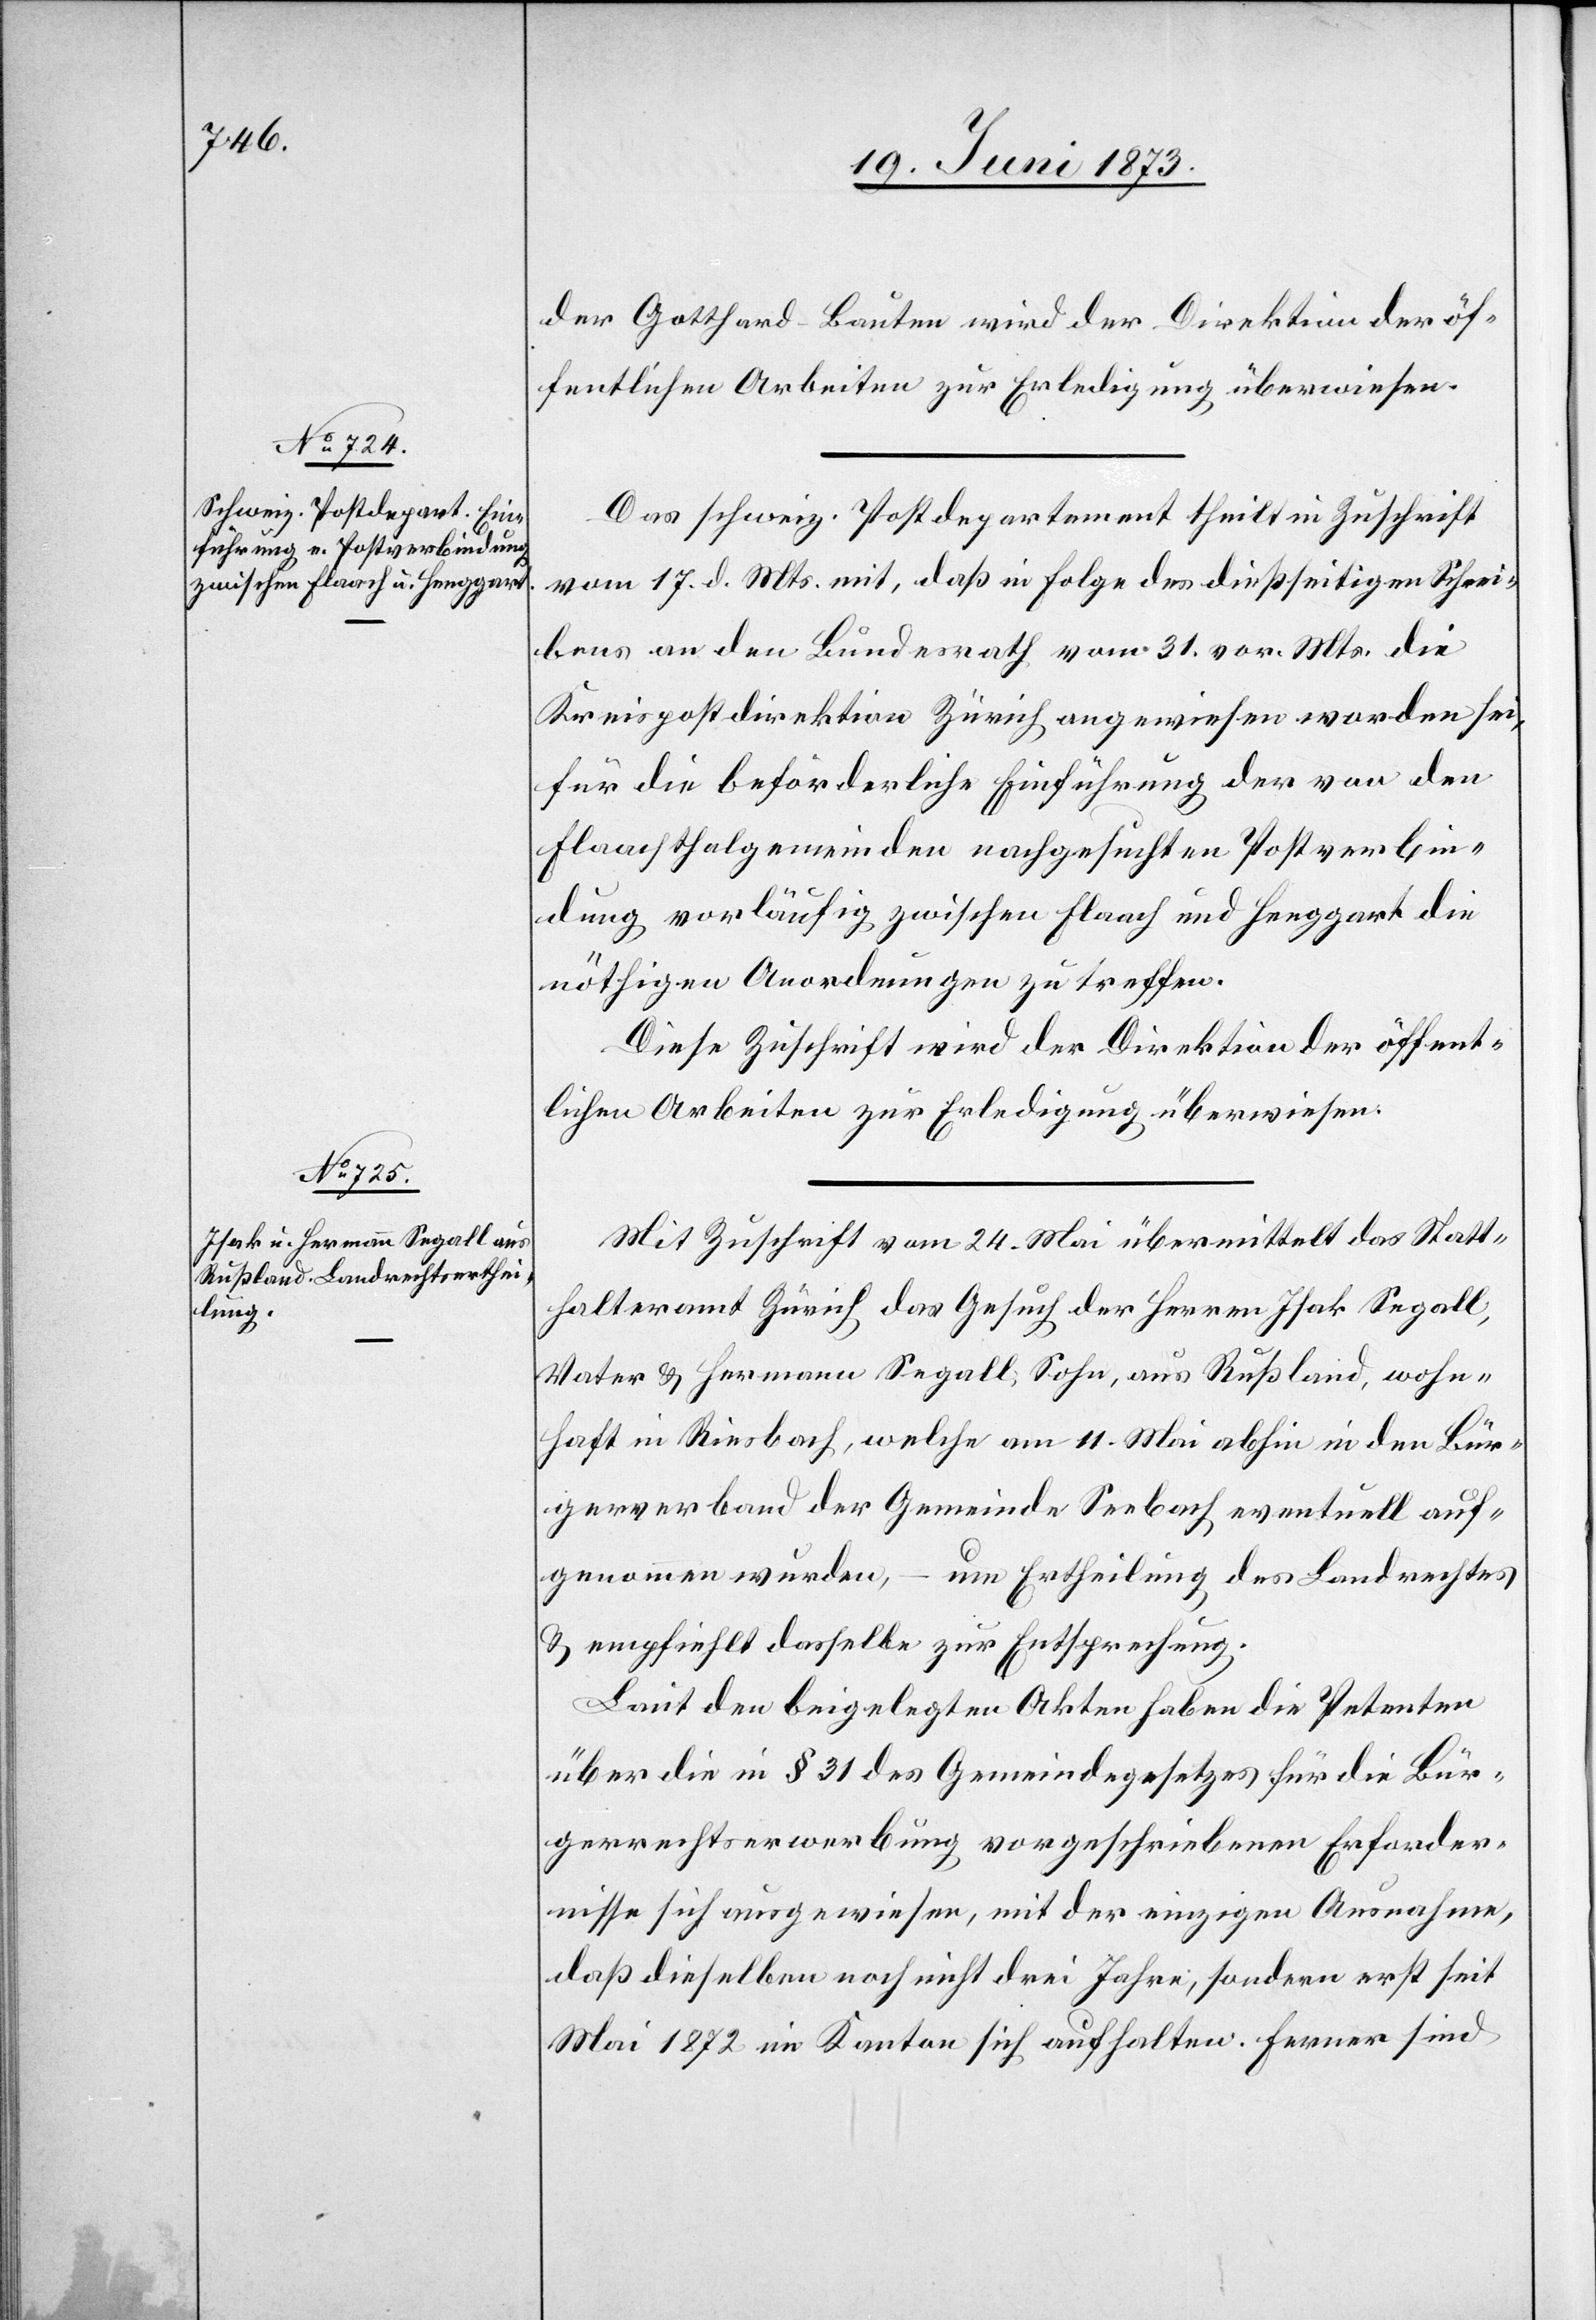
der Gotthard-Bauten wird der Direktion der öf¬
fentlichen Arbeiten zur Erledigung überwiesen.
Das schweiz. Postdepartement theilt in Zuschrift
vom 17. d. Mts. mit, daß in Folge des dießseitigen Schrei¬
bens an den Bundesrath vom 31. vor. Mts. die
Kreispostdirektion Zürich angewiesen worden sei,
für die beförderliche Einführung der von den
Flaachthalgemeinden nachgesuchten Postverbin¬
dung vorläufig zwischen Flaach und Henggart die
nöthigen Anordnungen zu treffen.
Diese Zuschrift wird der Direktion der öffent¬
lichen Arbeiten zur Erledigung überwiesen.
Mit Zuschrift vom 24. Mai übermittelt das Statt¬
halteramt Zürich das Gesuch der Herren Isak Segall,
Vater & Hermann Segall, Sohn, aus Rußland, wohn¬
haft in Riesbach, welche am 11. Mai abhin in den Bür¬
gerverband der Gemeinde Seebach eventuell auf¬
genommen wurden, – um Ertheilung des Landrechtes
& empfiehlt dasselbe zur Entsprechung.
Laut den beigelegten Akten haben die Petenten
über die in § 31 des Gemeindegesetzes für die Bür¬
gerrechtserwerbung vorgeschriebenen Erforder¬
nissen sich ausgewiesen, mit der einzigen Ausnahme,
daß dieselben noch nicht drei Jahre, sondern erst sei
Mai 1872 im Kanton sich aufhalten. Ferner sind